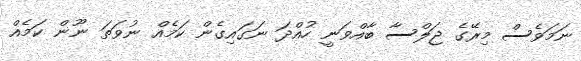
ނަމަވެސް މިރޭގެ ޖަލްސާ ބާއްވަނީ ހުއްދަ ނަގައިގެން ކަމެއް ނުވަތަ ނޫން ކަމެއް